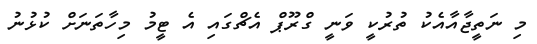
މި ނަތީޖާއާއެކު ތުރުކީ ވަނީ ގްރޫޕް އެޗްގައި އެ ޓީމު މިހާތަނަށް ކުޅުނު